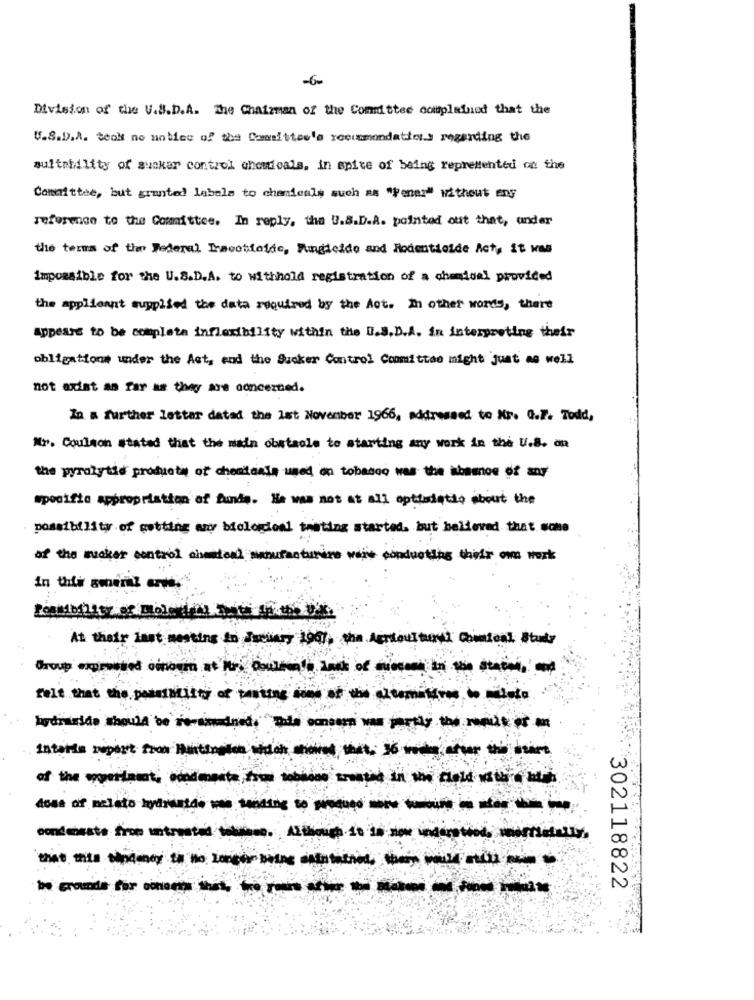
-6-
Division of the U.S.D.A. The Chairman of the Comittee complained that the
U.S.D.A. took no noties of the Caesittee's reeummondatint.) regarding the
sultability of suakar control chowieals, in spite of being represented on the
Committee, but granted labels to chemicals such as "Fener" without any
reference to the Committee. In reply, the U.S.D.A. pointed out that, under
the terms of the Federal Insecticide, Fungicide and Hodentieide Act, it was
impossible for the U.S.D.A. to withhold registration of a chemical provided
the applicant supplied the data required by the Aot. in other words, there
appeare to be completa inflexibility within the U.S.D.A. in interpreting their
obligations under the Ast, and the Sucker Control Committee might just as well
not exist an far as they are concerned.
In a further lettar datad the last November 1966, addressed to Nr. Q.7. Todd,
Mr. Coulson stated that the main obstacle to starting any work in the U.S. an
the pyrolytid products of chemicals used on tobacco wasthe
specific appropriation of funds. He was not at all optiadatdo about the
possibility of getting any biologiosl trating started. but believed that wone
of the mucker control cimedical manufacturice vere conducting that om work
At that last meeting in Juniaty 1961, the Agricultural Cosmical Study
---------
felt that the possibility of posting some of the alterations to milado
instants report the Birth6 th
---------------
condensate frob untrusted tolose. Although 10 in niowe underetied, magretally,
302118822